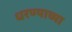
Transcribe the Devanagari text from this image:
धरण्याच्या